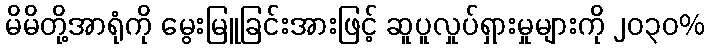
မိမိတို့အာရုံကို မွေးမြူခြင်းအားဖြင့် ဆူပူလှုပ်ရှားမှုများကို ၂၀၃၀%